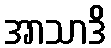
အာသာဒိ